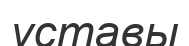
уставы